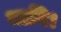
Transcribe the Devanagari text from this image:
भागि।